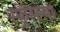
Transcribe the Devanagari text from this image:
स्फुरल्या